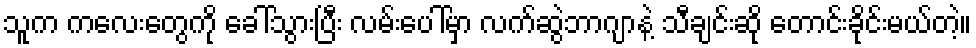
သူက ကလေးတွေကို ခေါ်သွားပြီး လမ်းပေါ်မှာ လက်ဆွဲဘာဂျာနဲ့ သီချင်းဆို တောင်းခိုင်းမယ်တဲ့။